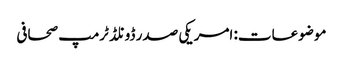
موضوعات: امریکی صدر ڈونلڈ ٹرمپ صحافی